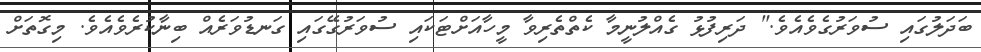
ބަދަލުގައި ސުވަރުގެވެއެވެ." ދަރިފުޅު ގެއްލުނީމާ ކެތްތެރިވާ މީހާއަށްޓަކައި ސުވަރުގޭގައި ގަނޑުވަރެއް ބިނާކުރެވެއެވެ. މިގޮތަށް